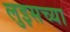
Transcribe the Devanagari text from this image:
लुइसच्या